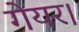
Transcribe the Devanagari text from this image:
गेयर।